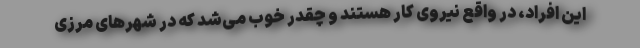
این افراد، در واقع نیروی کار هستند و چقدر خوب می‌شد که در شهرهای مرزی